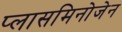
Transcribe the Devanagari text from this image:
प्लासमिनोजेन